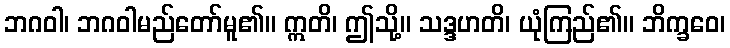
ဘဂဝါ၊ ဘဂဝါမည်တော်မူ၏။ ဣတိ၊ ဤသို့။ သဒ္ဒဟတိ၊ ယုံကြည်၏။ ဘိက္ခဝေ၊